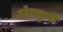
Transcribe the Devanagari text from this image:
स्टॅट्युटरी